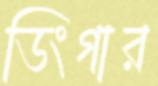
ডিংগার